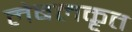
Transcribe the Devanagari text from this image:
लेबलकृत